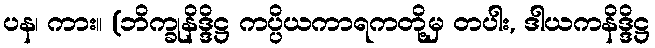
ပန၊ ကား။ (ဘိက္ခုနိဒ္ဒိဋ္ဌ ကပ္ပိယကာရကတို့မှ တပါး, ဒါယကနိဒ္ဒိဋ္ဌ